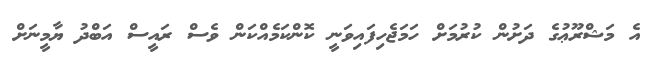
އެ މަޝްރޫޢުގެ ދަށުން ކުރުމަށް ހަމަޖެހިފައިވަނީ ކޮންކަމެއްކަން ވެސް ރައީސް އަބްދު ޔާމީނަށް